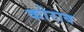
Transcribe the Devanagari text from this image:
कोराब